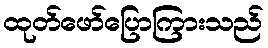
ထုတ်ဖော်ပြောကြားသည်